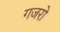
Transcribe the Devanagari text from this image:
गजरो